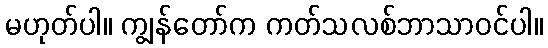
မဟုတ်ပါ။ ကျွန်တော်က ကတ်သလစ်ဘာသာဝင်ပါ။